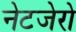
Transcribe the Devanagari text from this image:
नेटजेरो